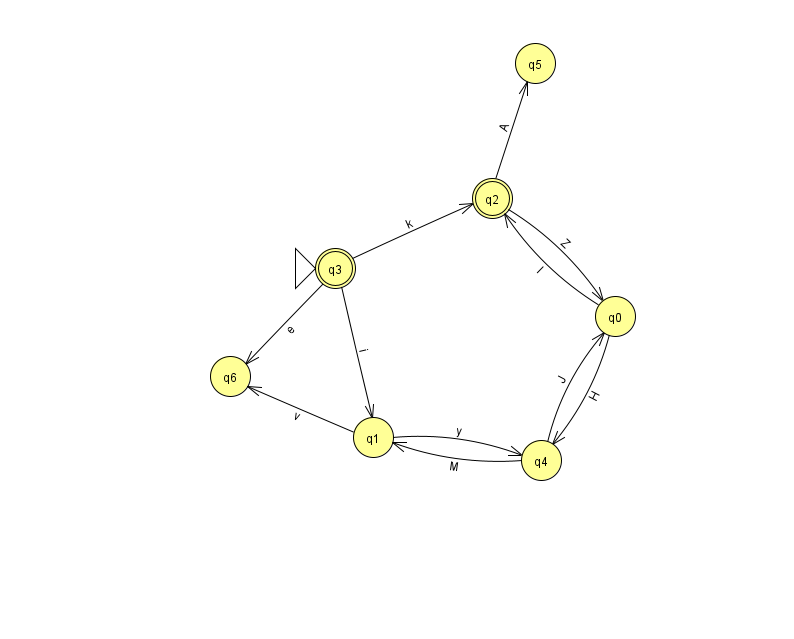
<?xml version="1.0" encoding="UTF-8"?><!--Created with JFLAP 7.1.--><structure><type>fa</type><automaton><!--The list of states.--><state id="0" name="q0"><x>615.0</x><y>303.0</y></state><state id="1" name="q1"><x>373.0</x><y>424.0</y></state><state id="2" name="q2"><x>492.0</x><y>185.0</y><final/></state><state id="3" name="q3"><x>335.0</x><y>255.0</y><initial/><final/></state><state id="4" name="q4"><x>541.0</x><y>447.0</y></state><state id="5" name="q5"><x>535.0</x><y>50.0</y></state><state id="6" name="q6"><x>230.0</x><y>363.0</y></state><!--The list of transitions.--><transition><from>4</from><to>1</to><read>M</read></transition><transition><from>2</from><to>0</to><read>Z</read></transition><transition><from>2</from><to>5</to><read>A</read></transition><transition><from>3</from><to>6</to><read>e</read></transition><transition><from>0</from><to>2</to><read>l</read></transition><transition><from>1</from><to>4</to><read>y</read></transition><transition><from>1</from><to>6</to><read>v</read></transition><transition><from>3</from><to>1</to><read>i</read></transition><transition><from>4</from><to>0</to><read>J</read></transition><transition><from>3</from><to>2</to><read>k</read></transition><transition><from>0</from><to>4</to><read>H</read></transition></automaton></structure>